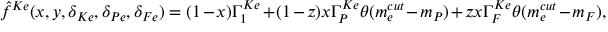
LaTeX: \hat { f } ^ { K e } ( x , y , \delta _ { K e } , \delta _ { P e } , \delta _ { F e } ) = ( 1 - x ) \Gamma _ { 1 } ^ { K e } + ( 1 - z ) x \Gamma _ { P } ^ { K e } \theta ( m _ { e } ^ { c u t } - m _ { P } ) + z x \Gamma _ { F } ^ { K e } \theta ( m _ { e } ^ { c u t } - m _ { F } ) ,